Indian journal of veterinary science and animal husbandry - Volume 2,
Year: 1932
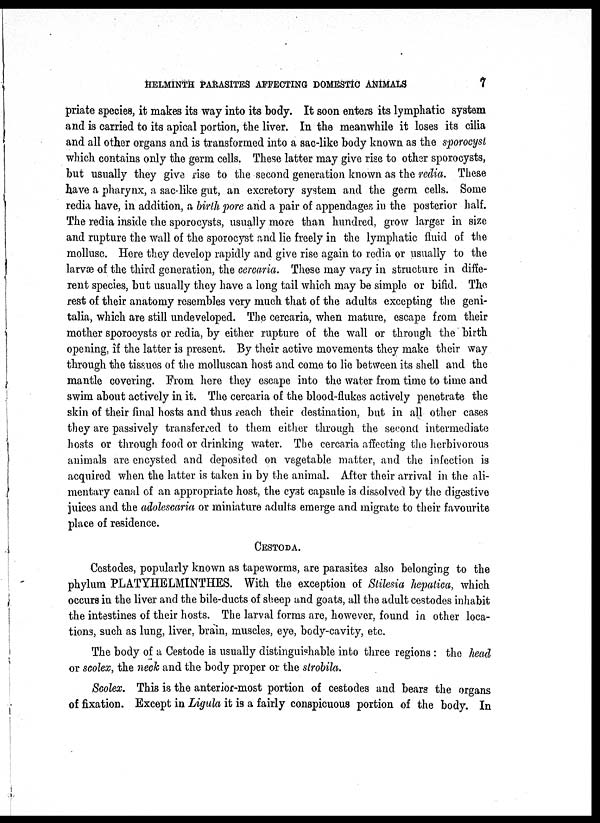
HELMINTH PARASITES AFFECTING DOMESTIC ANIMALS
7
priate species, it makes its way into its body. It soon enters its lymphatic system
and is carried to its apical portion, the liver. In the meanwhile it loses its cilia
and all other organs and is transformed into a sac-like body known as the sporocyst
which contains only the germ cells. These latter may give rise to other sporocysts,
but usually they give rise to the second generation known as the redia. These
have a pharynx, a sac-like gut, an excretory system and the germ cells. Some
redia have, in addition, a birth pore and a pair of appendages in the posterior half.
The redia inside the sporocysts, usually more than hundred, grow larger in size
and rupture the wall of the sporocyst and lie freely in the lymphatic fluid of the
mollusc. Here they develop rapidly and give rise again to redia or usually to the
larvæ of the third generation, the cercaria. These may vary in structure in diffe-
rent species, but usually they have a long tail which may be simple or bifid. The
rest of their anatomy resembles very much that of the adults excepting the geni-
talia, which are still undeveloped. The cercaria, when mature, escape from their
mother sporocysts or redia, by either rupture of the wall or through the birth
opening, if the latter is present. By their active movements they make their way
through the tissues of the molluscan host and come to lie between its shell and the
mantle covering. From here they escape into the water from time to time and
swim about actively in it. The cercaria of the blood-flukes actively penetrate the
skin of their final hosts and thus reach their destination, but in all other cases
they are passively transferred to them either through the second intermediate
hosts or through food or drinking water. The cercaria affecting the herbivorous
animals are encysted and deposited on vegetable matter, and the infection is
acquired when the latter is taken in by the animal. After their arrival in the ali-
mentary canal of an appropriate host, the cyst capsule is dissolved by the digestive
juices and the adolescaria or miniature adults emerge and migrate to their favourite
place of residence.
CESTODA.
Cestodes, popularly known as tapeworms, are parasites also belonging to the
phylum PLATYHELMINTHES. With the exception of Stilesia hepatica, which
occurs in the liver and the bile-ducts of sheep and goats, all the adult cestodes inhabit
the intestines of their hosts. The larval forms are, however, found in other loca-
tions, such as lung, liver, brain, muscles, eye, body-cavity, etc.
The body of a Cestode is usually distinguishable into three regions : the head
or scolex, the neck and the body proper or the strobila.
Scolex. This is the anterior-most portion of cestodes and bears the organs
of fixation. Except in Ligula it is a fairly conspicuous portion of the body. In